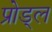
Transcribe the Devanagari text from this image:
प्रोड्ल